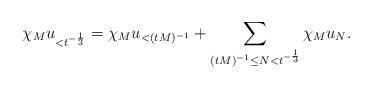
LaTeX: \begin{align*}\chi_Mu_{< t^{-\frac13}} = \chi_Mu_{< (tM)^{-1}} + \sum\limits_{(tM)^{-1}\leq N< t^{-\frac13}}\chi_Mu_N.\end{align*}